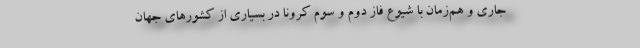
جاری و هم‌زمان با شیوع فاز دوم و سوم کرونا در بسیاری از کشورهای جهان